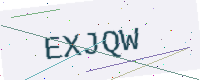
Text: EXJQW